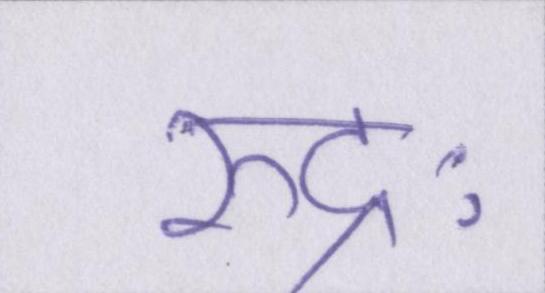
रुद्रः